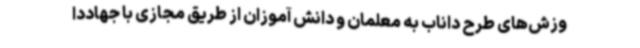
وزش‌های طرح داناب به معلمان و دانش آموزان از طریق مجازی با جهاددا